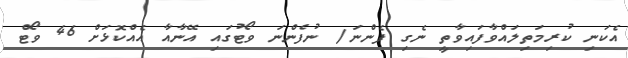
އެކަނި ކުރިމަތިލައްވާފައިވާތީ ނެގި ފެންނަ/ ނުފެންނަ ވޯޓުގައި އޭނާއާ އެއްކޮޅަށް 46 ވޯޓް